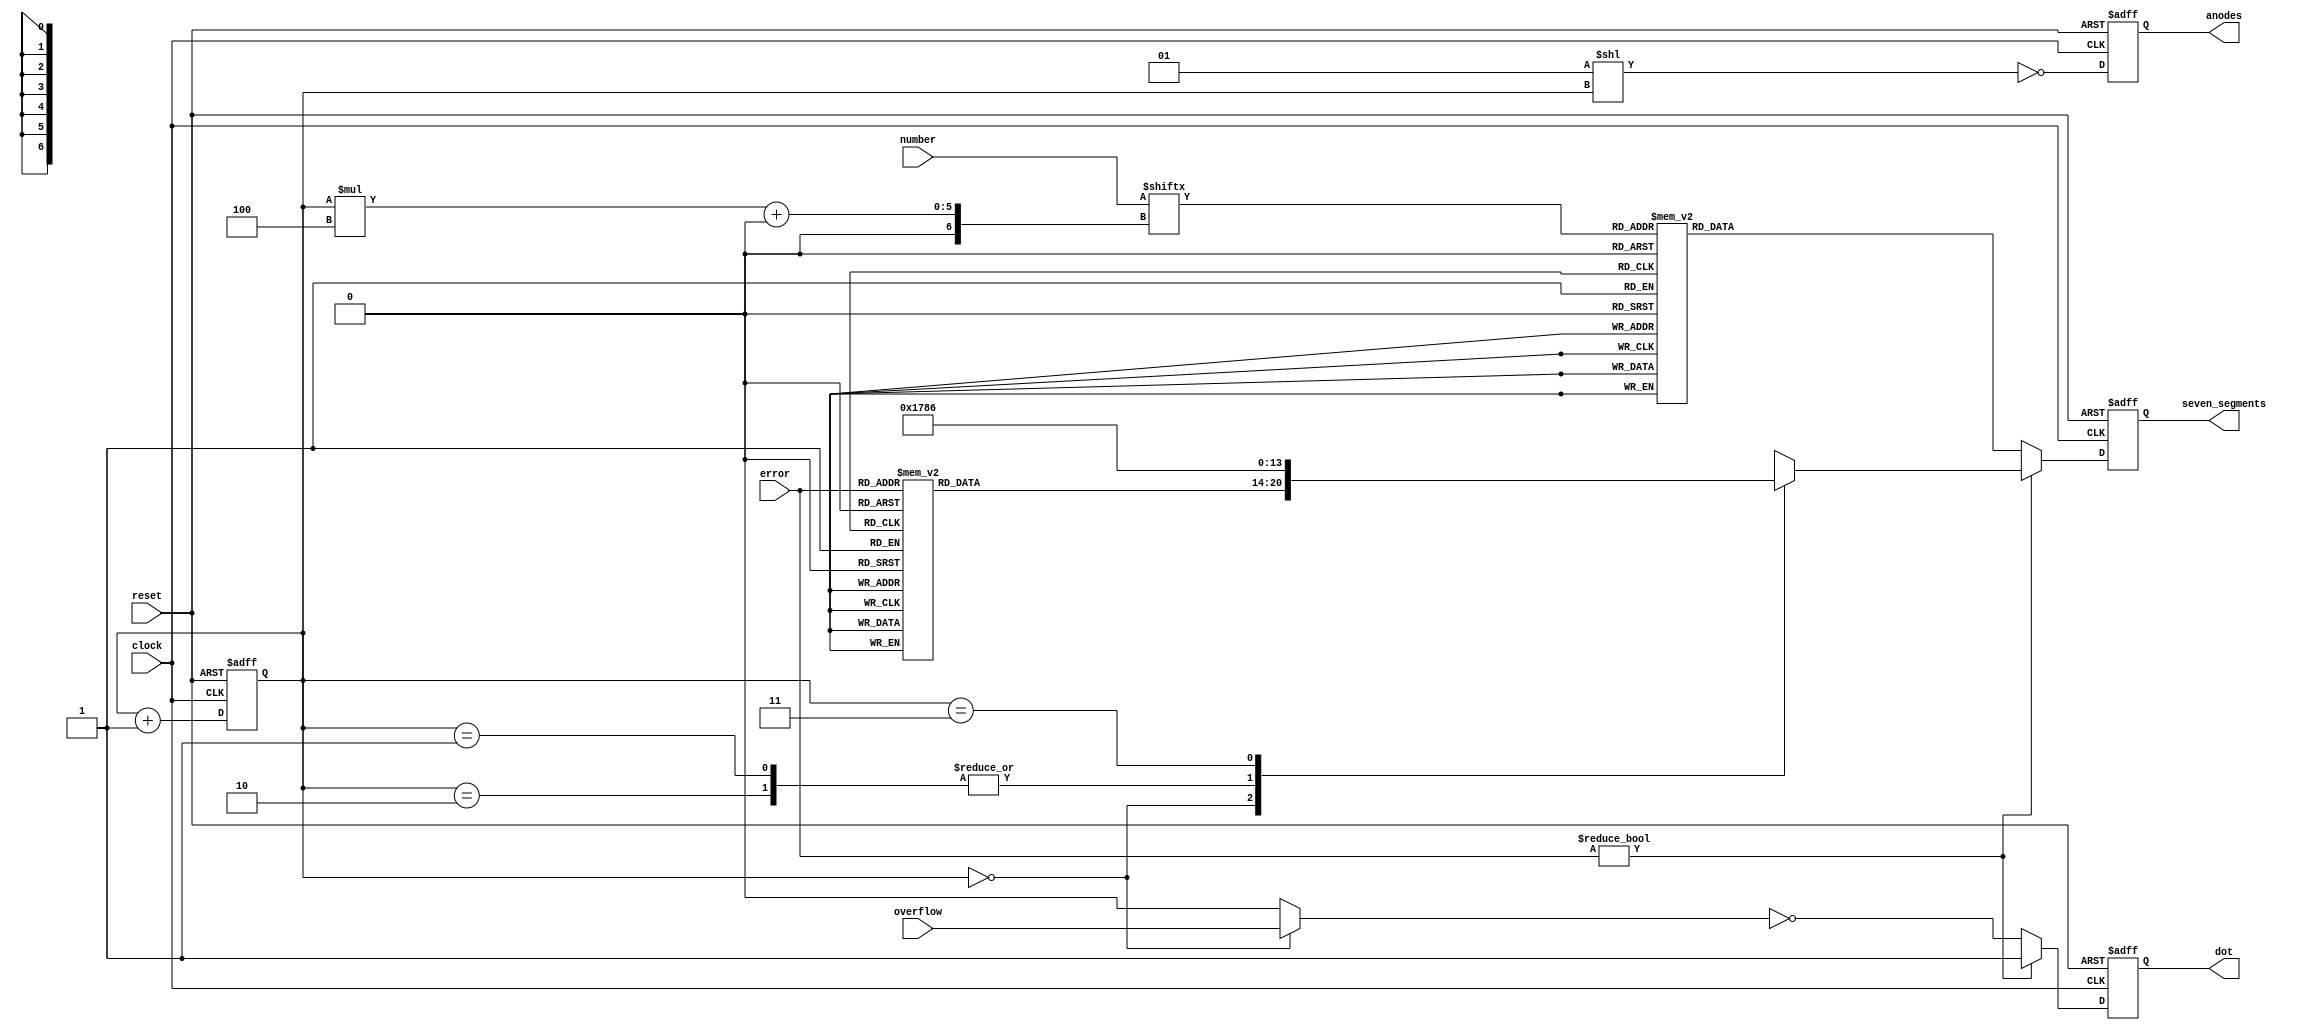
module display
(
    input             clock,
    input             reset,
    input      [15:0] number,
    input             overflow,
    input      [ 3:0] error,

    output reg [ 6:0] seven_segments,
    output reg        dot,
    output reg [ 3:0] anodes
);

    parameter [6:0] seg_E = 'b0000110;
    parameter [6:0] seg_r = 'b0101111;

    function [6:0] bcd_to_seg (input [3:0] bcd);

        case (bcd)
        'h0: bcd_to_seg = 'b1000000;  // g f e d c b a
        'h1: bcd_to_seg = 'b1111001;
        'h2: bcd_to_seg = 'b0100100;  //   --a--
        'h3: bcd_to_seg = 'b0110000;  //  |     |
        'h4: bcd_to_seg = 'b0011001;  //  f     b
        'h5: bcd_to_seg = 'b0010010;  //  |     |
        'h6: bcd_to_seg = 'b0000010;  //   --g--
        'h7: bcd_to_seg = 'b1111000;  //  |     |
        'h8: bcd_to_seg = 'b0000000;  //  e     c
        'h9: bcd_to_seg = 'b0011000;  //  |     |
        'ha: bcd_to_seg = 'b0001000;  //   --d-- 
        'hb: bcd_to_seg = 'b0000011;
        'hc: bcd_to_seg = 'b1000110;
        'hd: bcd_to_seg = 'b0100001;
        'he: bcd_to_seg = 'b0000110;
        'hf: bcd_to_seg = 'b0001110;
        endcase

    endfunction

    reg [1:0] i;

    always @(posedge clock or posedge reset)
    begin
        if (reset)
        begin
            i <= 0;

            seven_segments <=   bcd_to_seg (0);
            dot            <= ~ 0;
            anodes         <= ~ 'b1111;
        end
        else
        begin
            if (error != 0)
            begin
                case (i)
                0    : seven_segments <= bcd_to_seg (error);
                1, 2 : seven_segments <= seg_r;
                3    : seven_segments <= seg_E;
                endcase

                dot            <= ~ 0;
                anodes         <= ~ (1 << i);
            end
            else
            begin
                seven_segments <=   bcd_to_seg (number [i * 4 +: 4]);
                dot            <= ~ (i == 0 ? overflow : 0);
                anodes         <= ~ (1 << i);
            end

            i <= i + 1;
        end
    end

endmodule